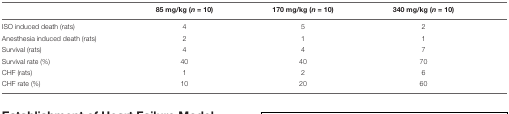
|  | 85 mg/kg (n = 10) | 170 mg/kg (n = 10) | 340 mg/kg (n = 10) |
 | --- | --- | --- | --- |
 | ISO induced death (rats) | 4 | 5 | 2 |
 | Anesthesia induced death (rats) | 2 | 1 | 1 |
 | Survival (rats) | 4 | 4 | 7 |
 | Survival rate (%) | 40 | 40 | 70 |
 | CHF (rats) | 1 | 2 | 6 |
 | CHF rate (%) | 10 | 20 | 60 |